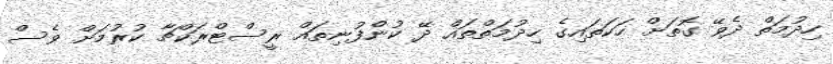
ހިދުމަތް ދެވޭ ގޮތަށް ހަކަތައިގެ ހިދުމަތްތައް ދޭ ކުންފުނިތައް ރީސްޓްރަކްޗާ ކުރުމަށް ވެސް